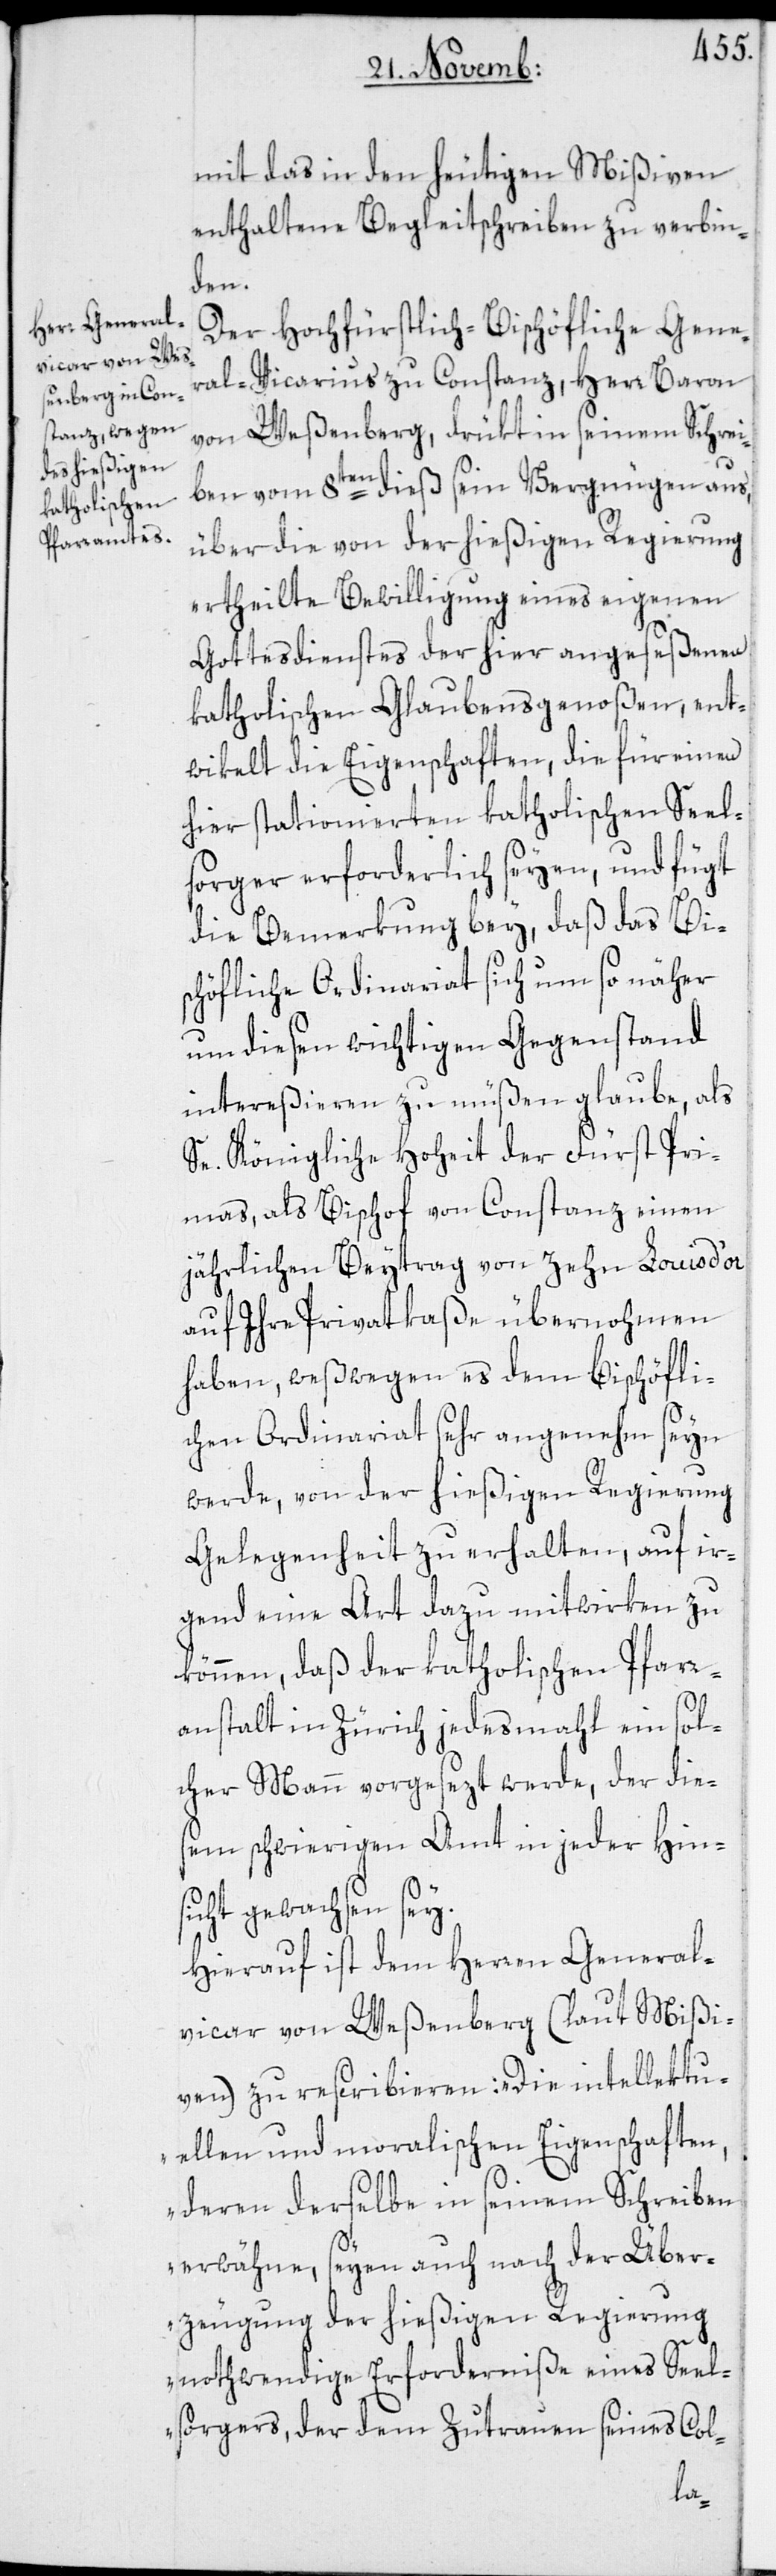
mit das in den heutigen Mißiven
enthaltene Begleitschreiben zu verbin¬
den.
Der Hochfürstlich-Bischöfliche Gene¬
ral-Vicarius zu Constanz, Herr Baron
von Weßenberg, drükt in seinem Schrei¬
ben vom 8ten dieß sein Vergnügen aus,
über die von der hießigen Regierung
ertheilte Bewilligung eines eigenen
Gottesdienstes der hier angeseßenen
katholischen Glaubensgenoßen, ent¬
wikelt die Eigenschaften, die für einen
hier stationierten katholischen Seel¬
sorger erforderlich seyen, und fügt
die Bemerkung bey, daß das Bi¬
schöfliche Ordinariat sich um so näher
um diesen wichtigen Gegenstand
intereßieren zu müßen glaube, als
Se. Königliche Hoheit der Fürst Pri¬
mas, als Bischof von Constanz einen
jährlichen Beytrag von zehn Louis d’or
auf Ihre Privatkaße übernohmen
haben, weßwegen es dem Bischöfli¬
chen Ordinariat sehr angenehm seyn
werde, von der hießigen Regierung
Gelegenheit zu erhalten, auf ir¬
gend eine Art dazu mitwirken zu
können, daß der katholischen Pfarr¬
anstalt in Zürich jedesmahl ein sol¬
cher Mann vorgesezt werde, der dies¬
em schwierigen Amt in jeder Hins¬
icht gewachsen sey.
Hierauf ist dem Herren General¬
vicar von Weßenberg (laut Mißi¬
ven) zu rescribieren: „Die intellektu¬
ellen und moralischen Eigenschaften,
deren derselbe in seinem Schreiben
erwähne, seyen auch nach der Über¬
zeugung der hießigen Regierung
nothwendige Erforderniße eines Seel¬
sorgers, der dem Zutrauen seines Col-